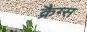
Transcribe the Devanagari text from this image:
क्रैग्स